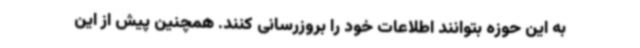
به این حوزه بتوانند اطلاعات خود را بروزرسانی کنند. همچنین پیش از این